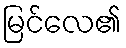
မြင်လေ၏